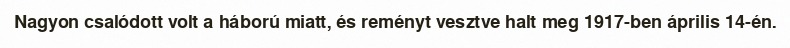
Nagyon csalódott volt a háború miatt, és reményt vesztve halt meg 1917-ben április 14-én.